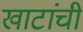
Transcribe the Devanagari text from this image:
खाटांची